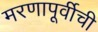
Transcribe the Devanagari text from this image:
मरणापूर्वीची